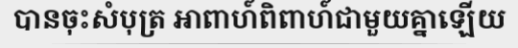
បានចុះសំបុត្រ អាពាហ៍ពិពាហ៍ជាមួយគ្នាឡើយ